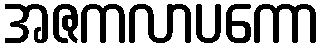
အဇကလာပကော